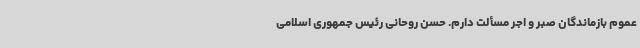
عموم بازماندگان صبر و اجر مسألت دارم. حسن روحانی رئیس جمهوری اسلامی